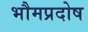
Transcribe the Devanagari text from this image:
भौमप्रदोष